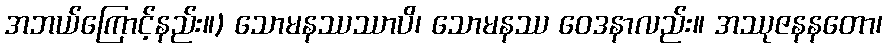
အဘယ်ကြောင့်နည်း။) သောမနဿဿာပိ၊ သောမနဿ ဝေဒနာလည်း။ အဿုဇနနတော၊